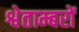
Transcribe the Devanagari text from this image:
श्वेताम्बरों